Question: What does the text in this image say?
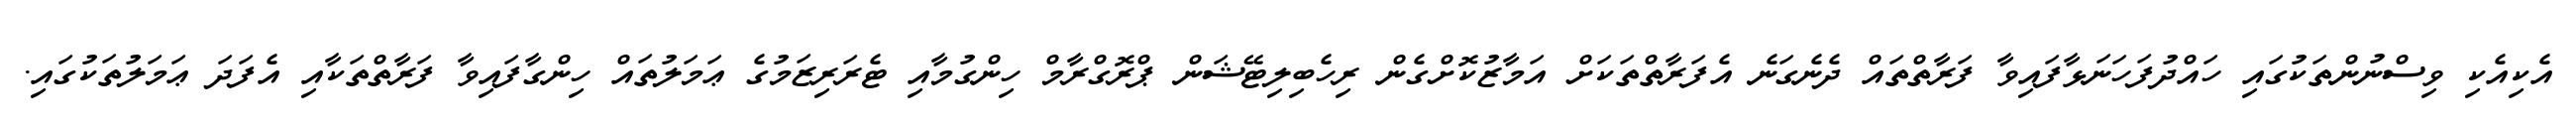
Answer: އެކިއެކި ވިސްނުންތަކުގައި ހައްދުފަހަނަޅާފައިވާ ފަރާތްތައް ދެނެގަނެ އެފަރާތްތަކަށް އަމާޒުކޮށްގެން ރިހެބިލިޓޭޝަން ޕްރޮގްރާމް ހިންގުމާއި ޓެރަރިޒަމުގެ ޢަމަލުތައް ހިންގާފައިވާ ފަރާތްތަކާއި އެފަދަ ޢަމަލުތަކުގައި.